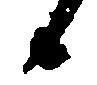
候